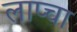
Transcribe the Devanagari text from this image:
लाप्चा